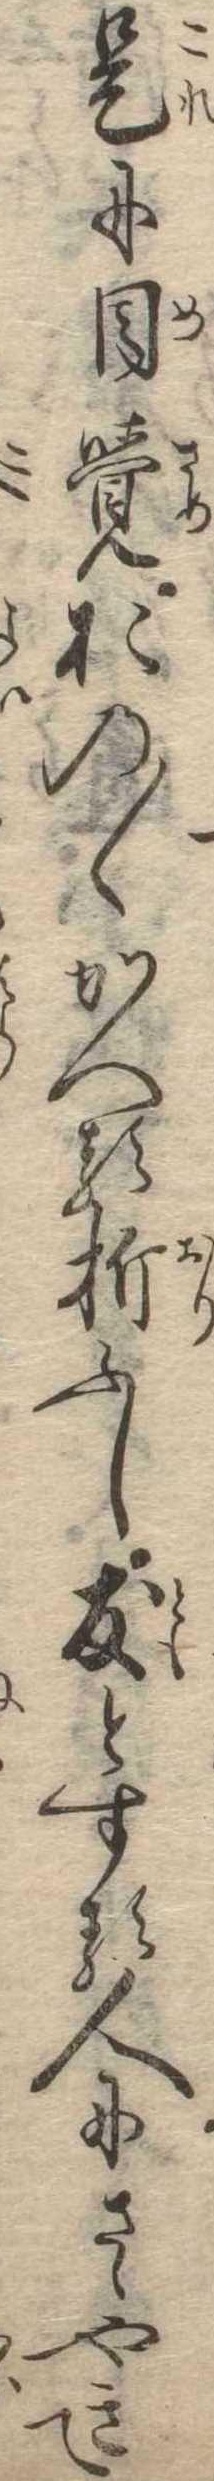
是に目覚おの〱かへる折ふし友とする人にさゝやきて